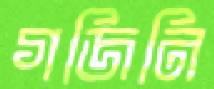
গজিনি